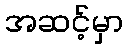
အဆင့်မှာ